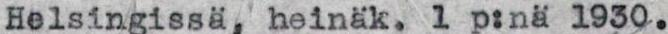
Helsingissä, heinäk. 1 p:nä 1930.